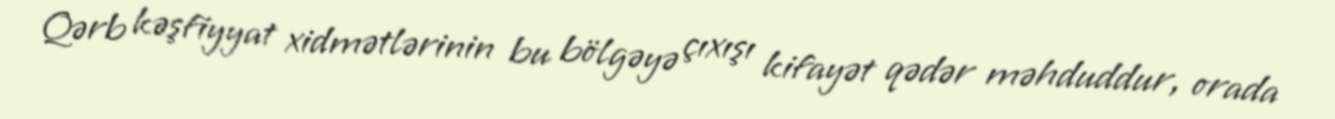
Qərb kəşfiyyat xidmətlərinin bu bölgəyə çıxışı kifayət qədər məhduddur, orada